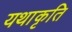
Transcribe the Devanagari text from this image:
यथाकृति